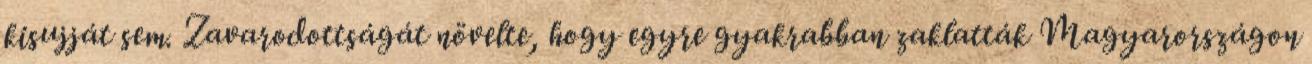
kisujját sem. Zavarodottságát növelte, hogy egyre gyakrabban zaklatták Magyarországon